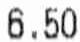
6.50